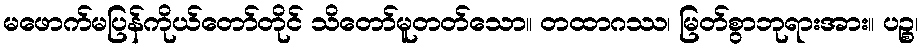
မဖောက်မပြန်ကိုယ်တော်တိုင် သိတော်မူတတ်သော။ တထာဂဿ၊ မြတ်စွာဘုရားအား။ ပဉ္စ၊